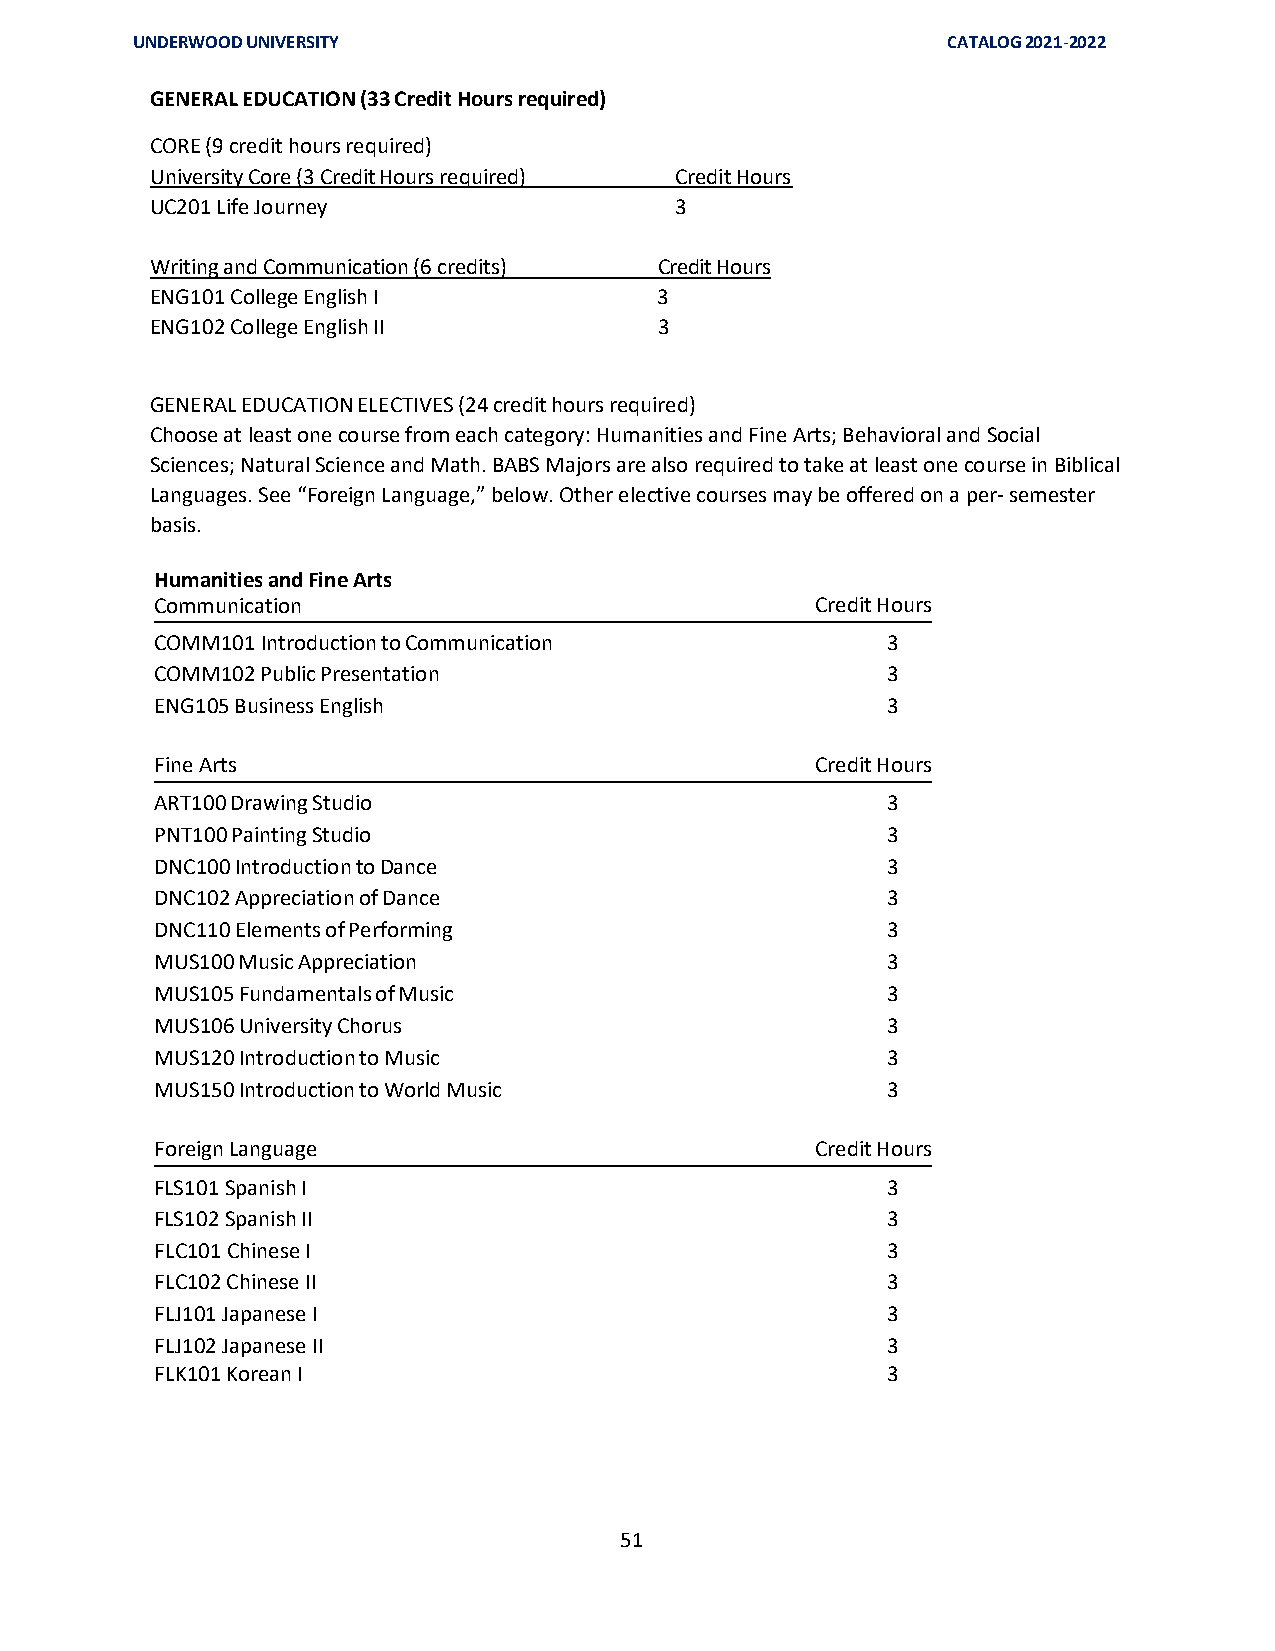
UNDERWOOD UNIVERSITY                                  CATALOG 2021-2022
 GENERAL EDUCATION (33 Credit Hours required)
 CORE (9 credit hours required)
 University Core (3 Credit Hours required) Credit Hours
 UC201 Life Journey                 3
 Writing and Communication (6 credits) Credit Hours
 ENG101 College English I          3
 ENG102 College English II         3
 GENERAL EDUCATION ELECTIVES (24 credit hours required)
 Choose at least one course from each category: Humanities and Fine Arts; Behavioral and Social
 Sciences; Natural Science and Math. BABS Majors are also required to take at least one course in Biblical
 Languages. See “Foreign Language,” below. Other elective courses may be offered on a per- semester
 basis.
 Humanities and Fine Arts
 Communication                               Credit Hours
 COMM101 Introduction to Communication            3
 COMM102 Public Presentation                      3
 ENG105 Business English                          3
 Fine Arts                                   Credit Hours
 ART100 Drawing Studio                            3
 PNT100 Painting Studio                           3
 DNC100 Introduction to Dance                     3
 DNC102 Appreciation of Dance                     3
 DNC110 Elements of Performing                    3
 MUS100 Music Appreciation                        3
 MUS105 Fundamentals of Music                     3
 MUS106 University Chorus                         3
 MUS120 Introduction to Music                     3
 MUS150 Introduction to World Music               3
 Foreign Language                            Credit Hours
 FLS101 Spanish I                                 3
 FLS102 Spanish II                                3
 FLC101 Chinese I                                 3
 FLC102 Chinese II                                3
 FLJ101 Japanese I                                3
 FLJ102 Japanese II                               3
 FLK101 Korean I                                  3
 51